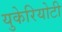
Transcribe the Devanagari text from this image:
युकेरियोटी